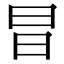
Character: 𭥗